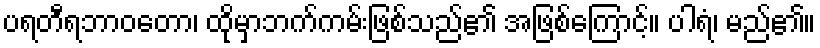
ပရတီရဘာဝတော၊ ထိုမှာဘက်ကမ်းဖြစ်သည်၏ အဖြစ်ကြောင့်။ ပါရံ၊ မည်၏။